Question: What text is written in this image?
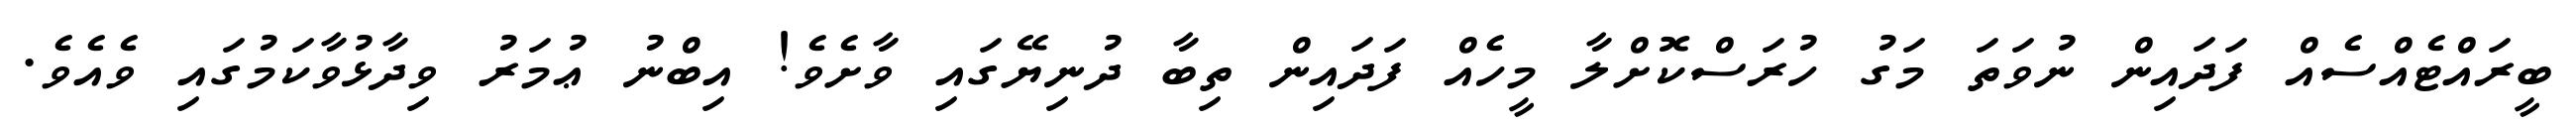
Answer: ބީރައްޓެއްސެއް ފަދައިން ނުވަތަ މަގު ހުރަސްކޮށްލާ މީހެއް ފަދައިން ތިބާ ދުނިޔޭގައި ވާށެވެ! އިބްނު ޢުމަރު ވިދާޅުވާކަމުގައި ވެއެވެ.